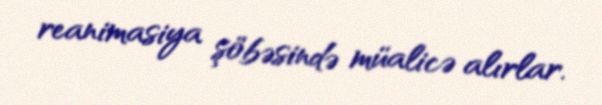
reanimasiya şöbəsində müalicə alırlar.